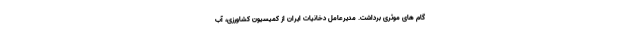
گام های موثری برداشت. مدیرعامل دخانیات ایران از کمیسیون کشاورزی، آب